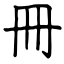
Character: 冊